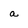
Character: a